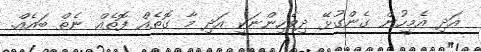
އަދި އެމީހުން ގެންގުޅޭ ދިވެހިންނަކީ އަދި މާ ގޮތެއް ފޮތެއް ނެތް ބައެއް.